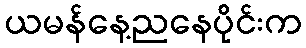
ယမန်နေ့ညနေပိုင်းက